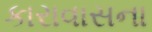
કારાવાસના